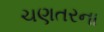
ચણતરના